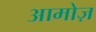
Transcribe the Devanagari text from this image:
आमोज़